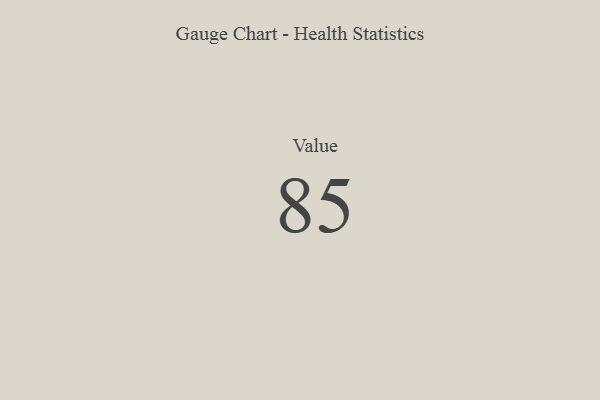
{"axis": {"x": "Metric", "y": "Value"}, "legend": [""], "data": [{"x": "Value", "y": 85, "type": ""}]}